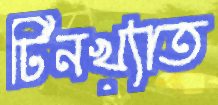
টিনখ্যাত